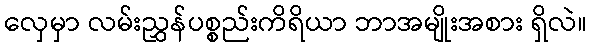
လှေမှာ လမ်းညွှန်ပစ္စည်းကိရိယာ ဘာအမျိုးအစား ရှိလဲ။